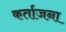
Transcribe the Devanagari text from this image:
कर्ताजना